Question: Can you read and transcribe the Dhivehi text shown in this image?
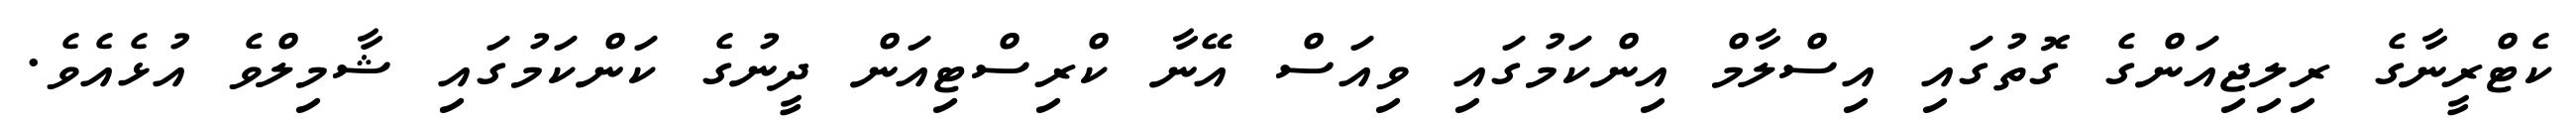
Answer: ކެޓްރީނާގެ ރިލިޖިއަންގެ ގޮތުގައި އިސްލާމް އިންކަމުގައި ވިއަސް އޭނާ ކްރިސްޓިއަން ދީނުގެ ކަންކަމުގައި ޝާމިލްވެ އުޅެއެވެ.